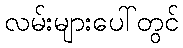
လမ်းများပေါ်တွင်